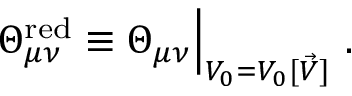
\Theta _ { \mu \nu } ^ { \mathrm { r e d } } \equiv \Theta _ { \mu \nu } \Big | _ { V _ { 0 } = V _ { 0 } [ \vec { V } ] } ~ .